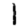
Digit: 1